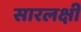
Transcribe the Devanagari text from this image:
सारलक्षी